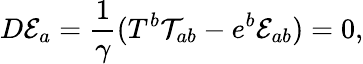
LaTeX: D{\cal E}_{a}=\frac{1}{\gamma}(T^{b}{\cal T}_{ab}-e^{b}{\cal E}_{ab})=0,